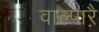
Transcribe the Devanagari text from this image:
वाल्पाऱै